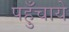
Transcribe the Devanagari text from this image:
पहुँचाये